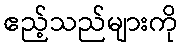
ဧည့်သည်များကို